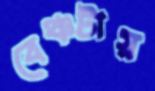
বেঞ্চটায়